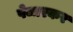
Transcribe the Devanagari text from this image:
पेजारकर